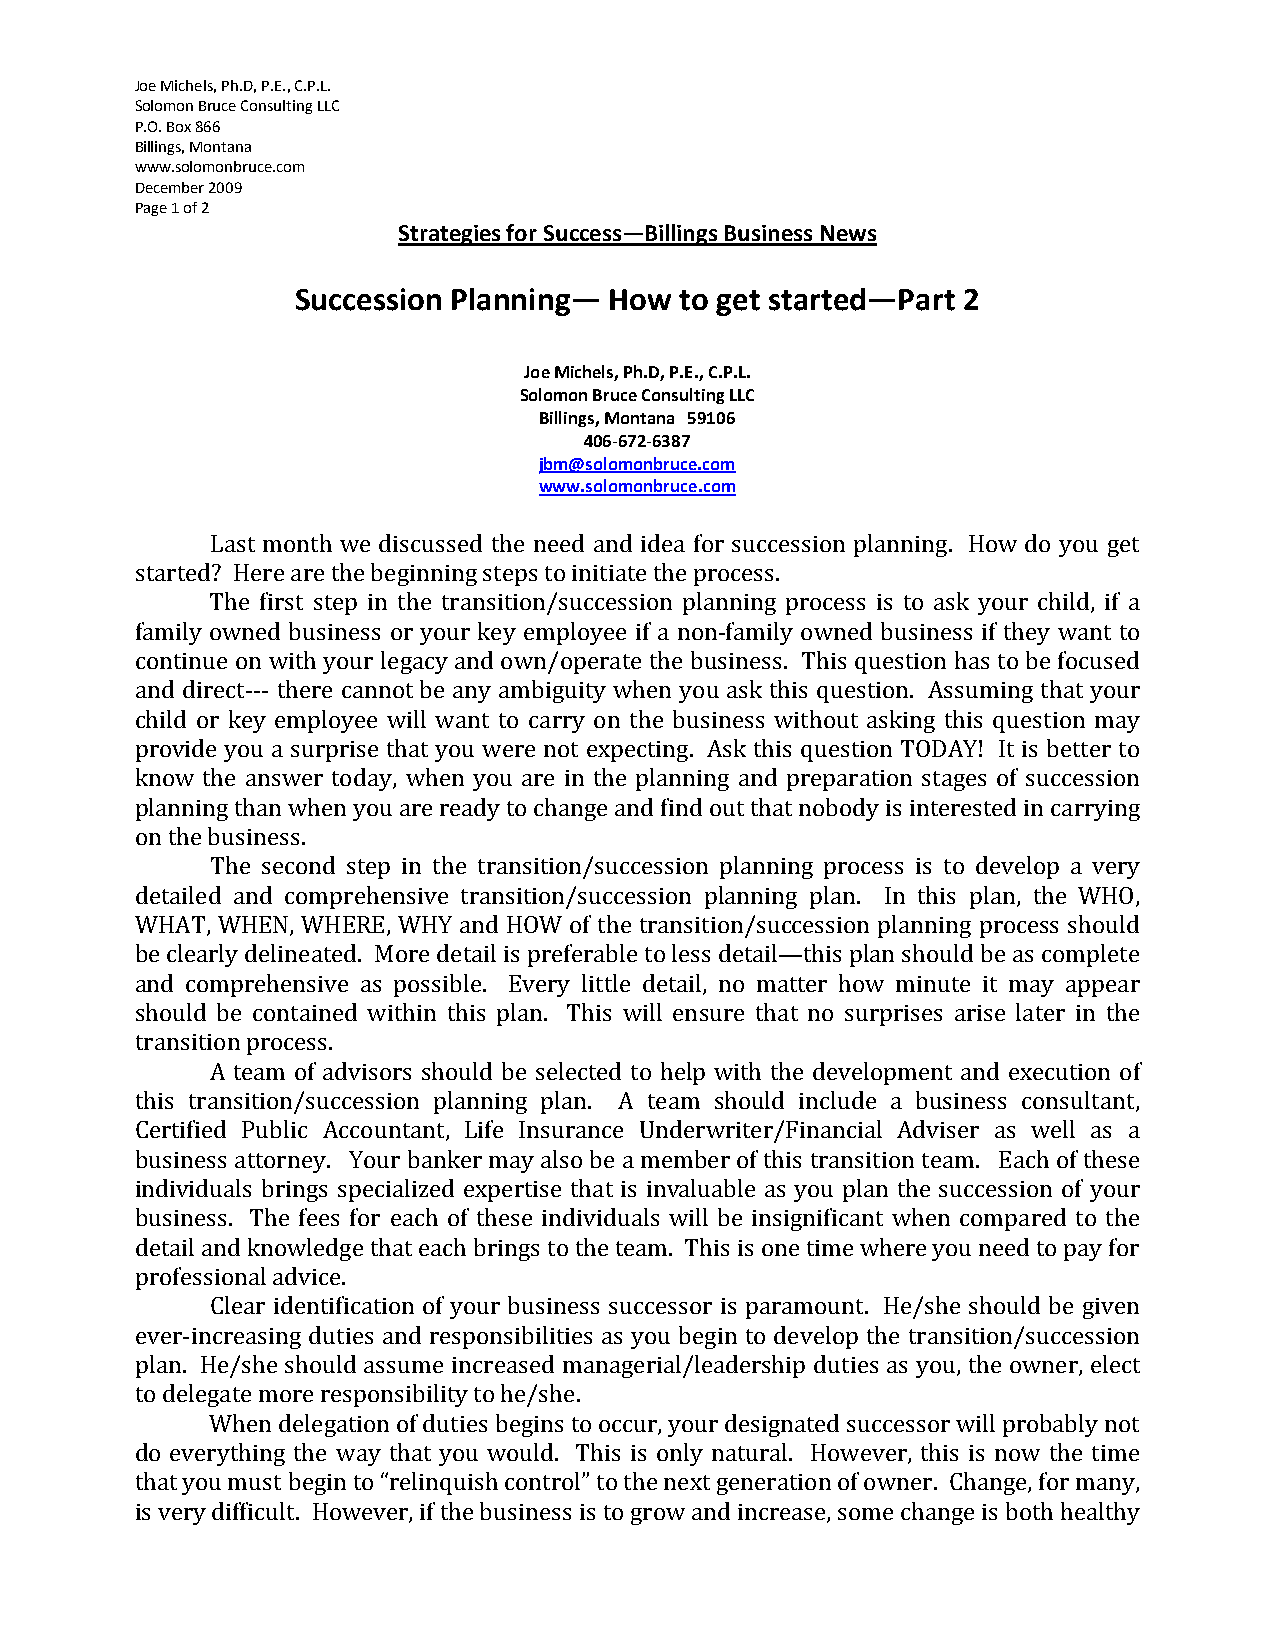
Joe Michels, Ph.D, P.E., C.P.L.
 Solomon Bruce Consulting LLC
 P.O. Box 866
 Billings, Montana
 www.solomonbruce.com
 December 2009
 Page 1 of 2
 Strategies for Success—Billings Business News
 Succession Planning— How to get started—Part 2
 Joe Michels, Ph.D, P.E., C.P.L.
 Solomon Bruce Consulting LLC
 Billings, Montana 59106
 406-672-6387
 jbm@solomonbruce.com
 www.solomonbruce.com
 Last month we discussed the need and idea for succession planning. How do you get
 started? Here are the beginning steps to initiate the process.
 The first step in the transition/succession planning process is to ask your child, if a
 family owned business or your key employee if a non-family owned business if they want to
 continue on with your legacy and own/operate the business. This question has to be focused
 and direct--- there cannot be any ambiguity when you ask this question. Assuming that your
 child or key employee will want to carry on the business without asking this question may
 provide you a surprise that you were not expecting. Ask this question TODAY! It is better to
 know the answer today, when you are in the planning and preparation stages of succession
 planning than when you are ready to change and find out that nobody is interested in carrying
 on the business.
 The second step in the transition/succession planning process is to develop a very
 detailed and comprehensive transition/succession planning plan. In this plan, the WHO,
 WHAT, WHEN, WHERE, WHY and HOW of the transition/succession planning process should
 be clearly delineated. More detail is preferable to less detail—this plan should be as complete
 and comprehensive as possible. Every little detail, no matter how minute it may appear
 should be contained within this plan. This will ensure that no surprises arise later in the
 transition process.
 A team of advisors should be selected to help with the development and execution of
 this transition/succession planning plan. A team should include a business consultant,
 Certified Public Accountant, Life Insurance Underwriter/Financial Adviser as well as a
 business attorney. Your banker may also be a member of this transition team. Each of these
 individuals brings specialized expertise that is invaluable as you plan the succession of your
 business. The fees for each of these individuals will be insignificant when compared to the
 detail and knowledge that each brings to the team. This is one time where you need to pay for
 professional advice.
 Clear identification of your business successor is paramount. He/she should be given
 ever-increasing duties and responsibilities as you begin to develop the transition/succession
 plan. He/she should assume increased managerial/leadership duties as you, the owner, elect
 to delegate more responsibility to he/she.
 When delegation of duties begins to occur, your designated successor will probably not
 do everything the way that you would. This is only natural. However, this is now the time
 that you must begin to “relinquish control” to the next generation of owner. Change, for many,
 is very difficult. However, if the business is to grow and increase, some change is both healthy